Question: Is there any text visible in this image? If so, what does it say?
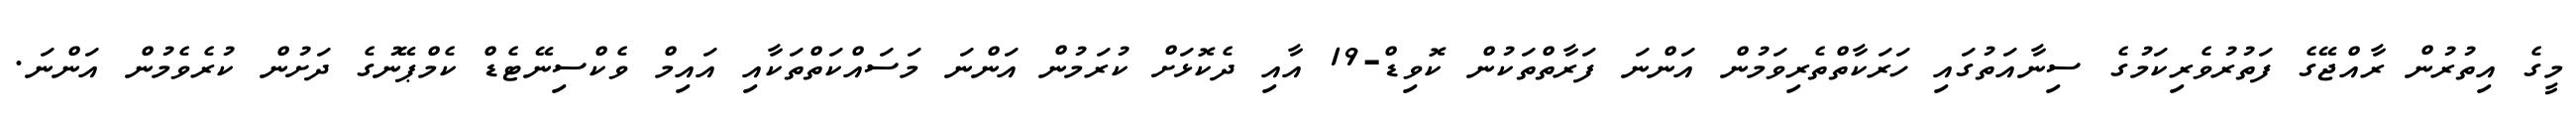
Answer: މީގެ އިތުރުން ރާއްޖޭގެ ފަތުރުވެރިކަމުގެ ސިނާއަތުގައި ހަރަކާތްތެރިވަމުން އަންނަ ފަރާތްތަކުން ކޮވިޑް-19 އާއި ދެކޮޅަށް ކުރަމުން އަންނަ މަސައްކަތްތަކާއި އައިމް ވެކްސިނޭޓެޑް ކެމްޕޭނުގެ ދަށުން ކުރެވެމުން އަންނަ.